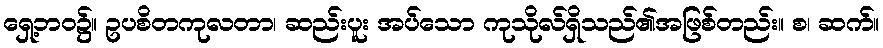
ရှေ့ဘဝ၌။ ဥပစိတကုလတာ၊ ဆည်းပူး အပ်သော ကုသိုလ်ရှိသည်၏အဖြစ်တည်း။ စ၊ ဆက်။